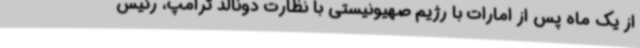
از یک ماه پس از امارات با رژیم صهیونیستی با نظارت دونالد ترامپ، رئیس